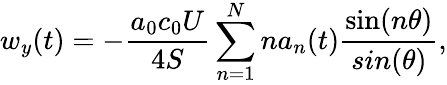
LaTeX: w_{y}(t)=-\frac{a_{0}c_{0}U}{4S}\sum_{n=1}^{N}na_{n}(t)\frac{\sin(n\theta)}{sin(\theta)},